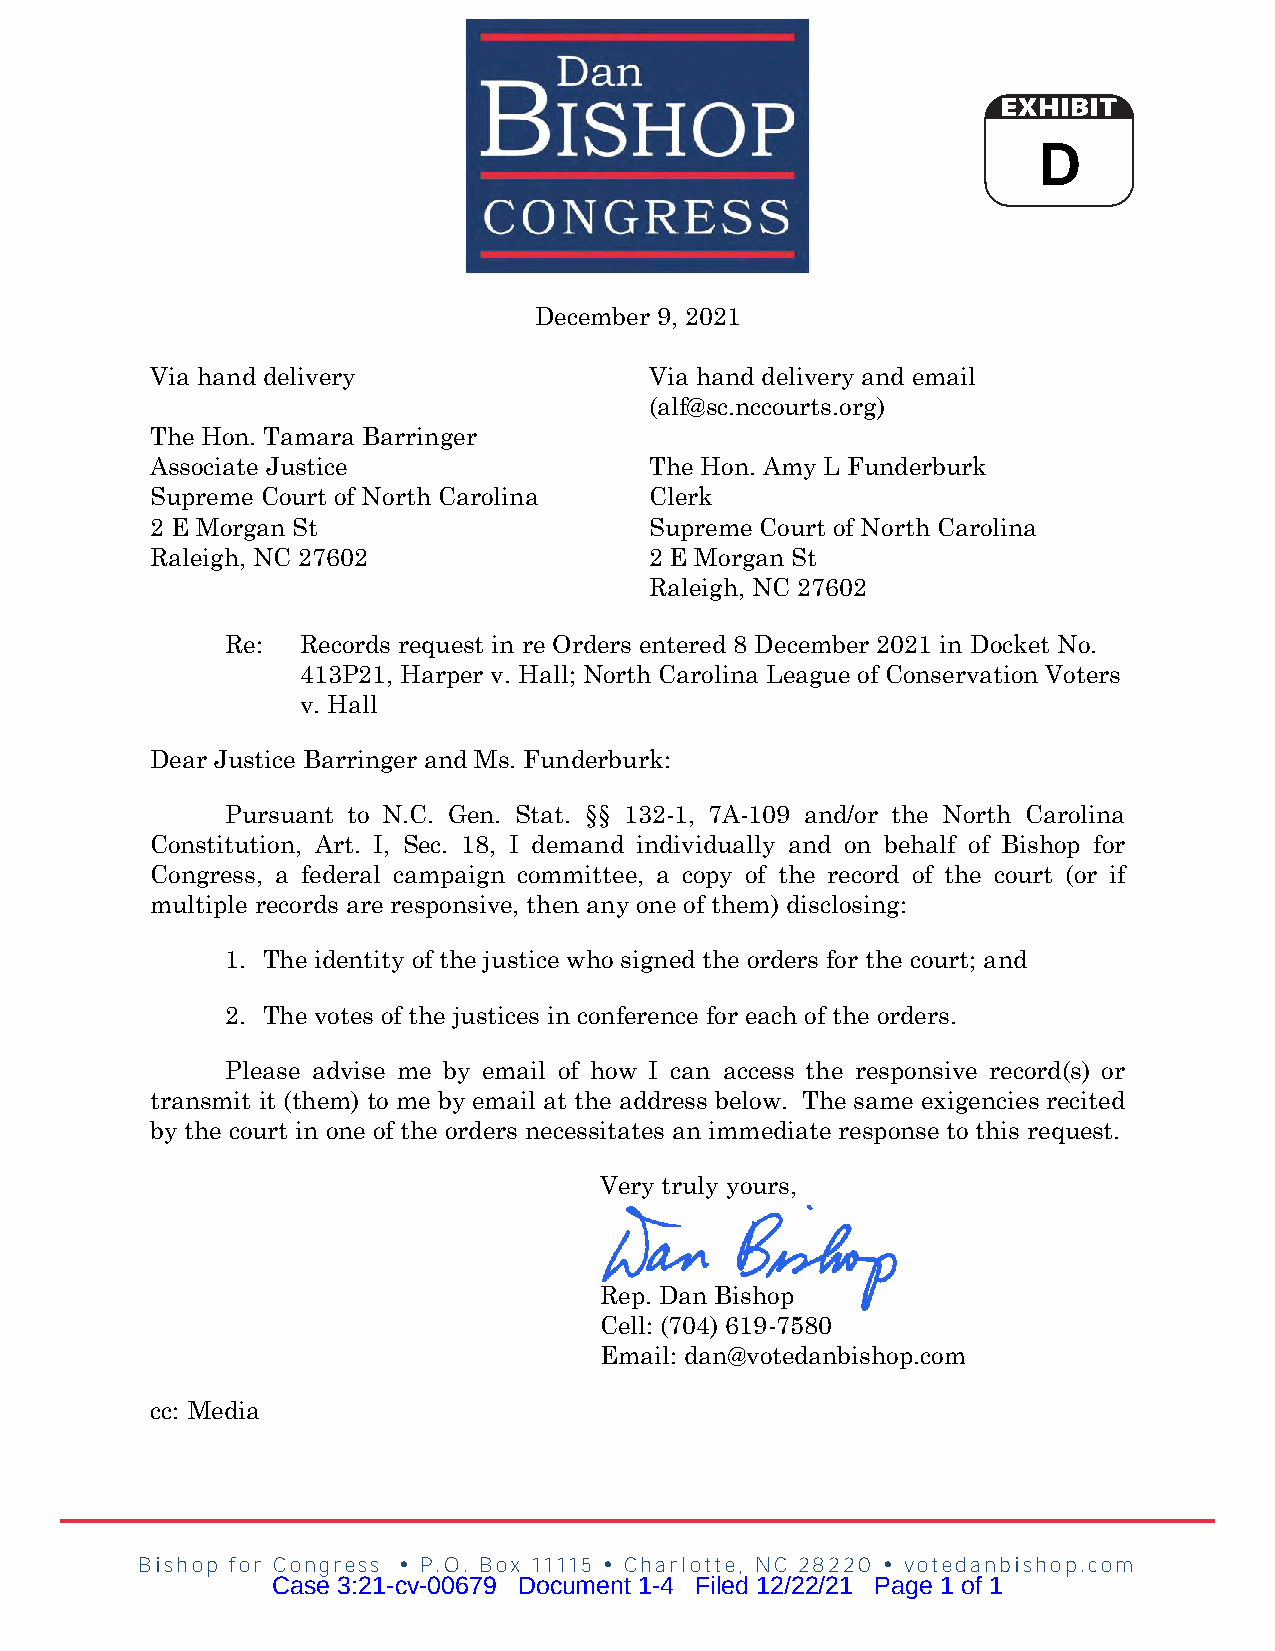
D
 December 9, 2021
 Via hand delivery                Via hand delivery and email
 (alf@sc.nccourts.org)
 The Hon. Tamara Barringer
 Associate Justice                The Hon. Amy L Funderburk
 Supreme Court of North Carolina  Clerk
 2 E Morgan St                    Supreme Court of North Carolina
 Raleigh, NC 27602                2 E Morgan St
 Raleigh, NC 27602
 Re:  Records request in re Orders entered 8 December 2021 in Docket No.
 413P21, Harper v. Hall; North Carolina League of Conservation Voters
 v. Hall
 Dear Justice Barringer and Ms. Funderburk:
 Pursuant to N.C. Gen. Stat. §§ 132-1, 7A-109 and/or the North Carolina
 Constitution, Art. I, Sec. 18, I demand individually and on behalf of Bishop for
 Congress, a federal campaign committee, a copy of the record of the court (or if
 multiple records are responsive, then any one of them) disclosing:
 1. The identity of the justice who signed the orders for the court; and
 2. The votes of the justices in conference for each of the orders.
 Please advise me by email of how I can access the responsive record(s) or
 transmit it (them) to me by email at the address below. The same exigencies recited
 by the court in one of the orders necessitates an immediate response to this request.
 Very truly yours,
 Rep. Dan Bishop
 Cell: (704) 619-7580
 Email: dan@votedanbishop.com
 cc: Media
 Bishop for Congress  P.O. Box 11115  Charlotte, NC 28220  votedanbishop.com
 Case 3:21-cv-00679 Document 1-4 Filed 12/22/21 Page 1 of 1